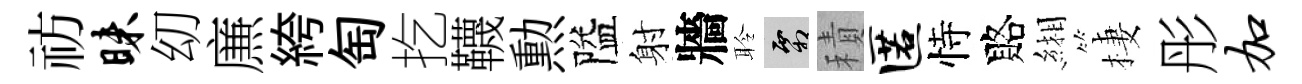
祊昧㓜㢘絝匋扢韈勲隘射牆聆霜積匿恃賂緗棲彤加